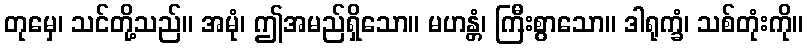
တုမှေ၊ သင်တို့သည်။ အမုံ၊ ဤအမည်ရှိသော။ မဟန္တံ၊ ကြီးစွာသော။ ဒါရုက္ခံ၊ သစ်တုံးကို။